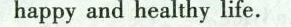
happy and healthy life.